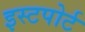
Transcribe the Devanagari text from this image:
इस्टपोर्ट